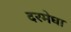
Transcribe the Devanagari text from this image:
दरमेघा